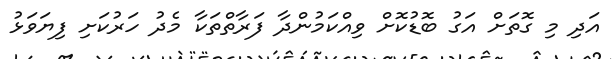
އަދި މި ގޮތަށް އަގު ބޮޑުކޮށް ވިއްކަމުންދާ ފަރާތްތަކާ މެދު ހަރުކަށި ފިޔަވަޅު